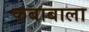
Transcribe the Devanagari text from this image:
कबाबाला